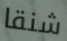
شنقا